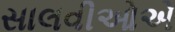
સાલવીઓએ